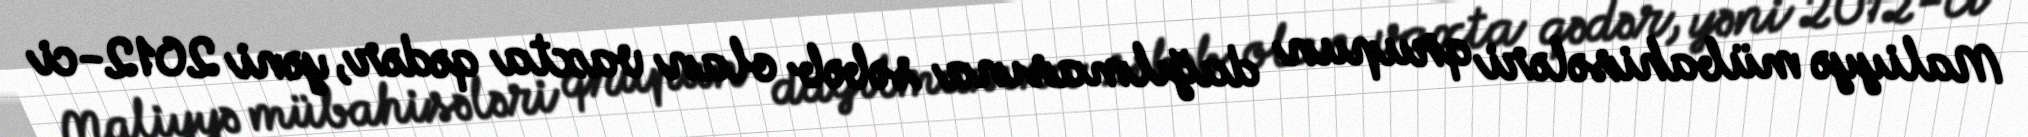
Maliyyə mübahisələri qrupun dağılmasına səbəb olan vaxta qədər, yəni 2012-ci